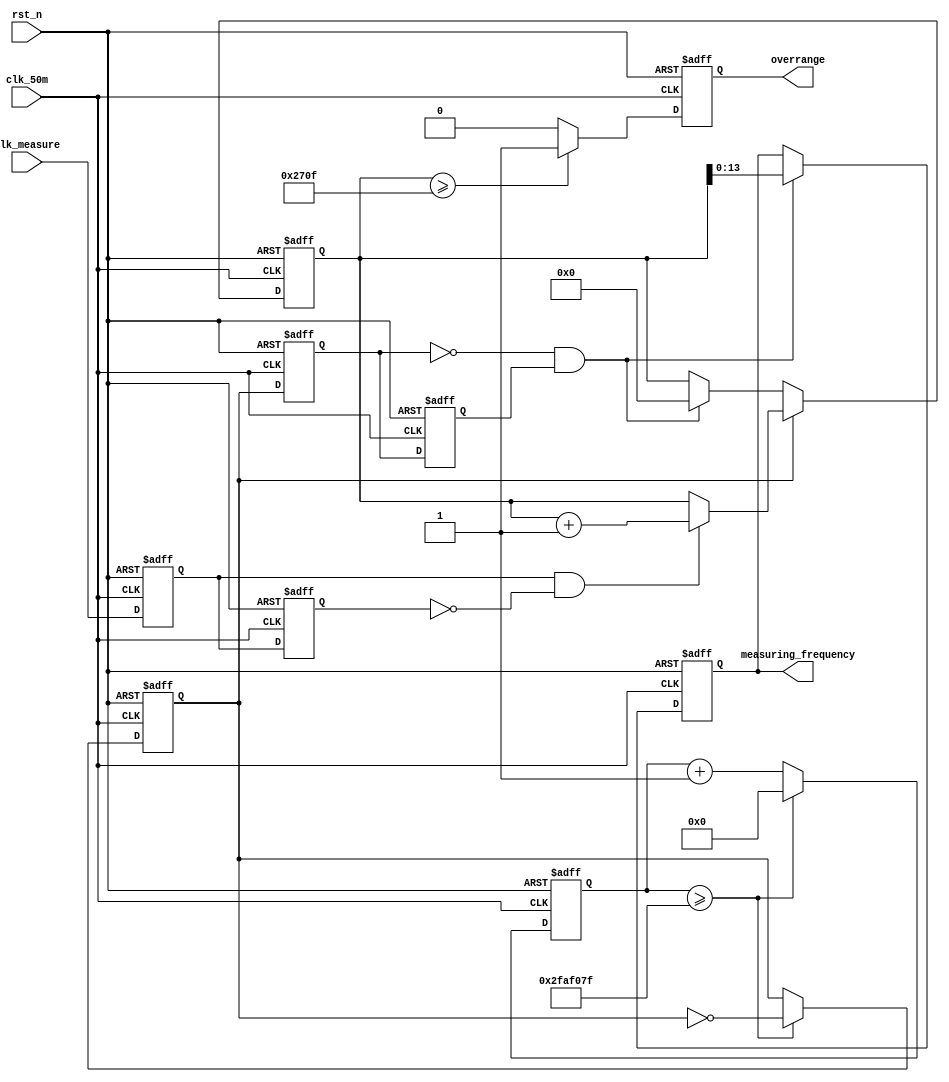
/*
 author  :       Wenky Jong
 Date    :       2021.05.16
 Address :       MianYang SWSUT
 Revision:       1st
 Description:   automatic frequency measurement with decimal digital
 Contact:        wenkyjong1996@gmail.com
 */


 module problem3 (
   input   wire    clk_50m,
   input   wire    clk_measure,
   input   wire    rst_n,
   output    reg   overrange,
   output    reg   [13:0]measuring_frequency
   );

//flag time high level for 1 second
reg [25:0]cnt;
reg flag;
always @ (posedge clk_50m or negedge rst_n) begin
  if (!rst_n) begin
    flag<=1'b0;
    cnt<=1'b0;
  end else begin
    if (cnt>=26'd49_999_999) begin
      cnt<=1'b0;
      flag<=~flag;
    end else begin
      cnt<=cnt+1'b1;
      flag<=flag;
    end
  end
end


//clk measure Edge detection circuit
reg clk_measure_d1;
reg clk_measure_d2;
wire clk_measure_posedge;
always @ (posedge clk_50m or negedge rst_n) begin
  if (!rst_n) begin
    clk_measure_d1<=1'b0;
    clk_measure_d2<=1'b0;
  end else begin
    clk_measure_d1<=clk_measure;
    clk_measure_d2<=clk_measure_d1;
  end
end

assign clk_measure_posedge=clk_measure_d1&~clk_measure_d2;


// Signal flag edge detection
reg flag_d1;
reg flag_d2;
wire flage_negedge;
always @ (posedge clk_50m or negedge rst_n) begin
  if (!rst_n) begin
    flag_d1<=1'b0;
    flag_d2<=1'b0;
  end else begin
    flag_d1<=flag;
    flag_d2<=flag_d1;
  end
end

assign flage_negedge=~flag_d1&flag_d2;

//
reg [24:0]measuring_cnt;
always @ (posedge clk_50m or negedge rst_n) begin
  if (!rst_n) begin
    measuring_cnt<=1'b0;
  end else begin
    if (flag==1'b1) begin
      if (clk_measure_posedge) begin
        measuring_cnt<=measuring_cnt+1'b1;
      end else begin
        measuring_cnt<=measuring_cnt;
      end
    end else begin
      if (flage_negedge) begin
        measuring_cnt<=1'b0;
      end else begin
        measuring_cnt<=measuring_cnt;
      end
    end
  end
end


always @ (posedge clk_50m or negedge rst_n) begin
  if (!rst_n) begin
    measuring_frequency<=1'b0;
  end else begin
    if (flage_negedge) begin
      measuring_frequency<=measuring_cnt;
    end else begin
      measuring_frequency<=measuring_frequency;
    end
  end
end

always @ (posedge clk_50m or negedge rst_n) begin
  if (!rst_n) begin
    overrange<=1'b0;
  end else begin
    if (measuring_cnt>=25'd9999) begin
        overrange<=1'b1;
    end else begin
        overrange<=1'b0;
    end
  end
end

 endmodule // problem3